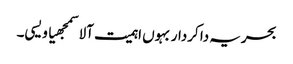
بحریہ دا کردار بہوں اہمیت آلا سمجھیا ویسی۔